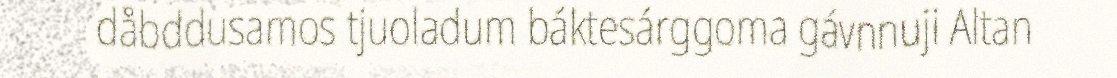
dåbddusamos tjuoladum báktesárggoma gávnnuji Altan